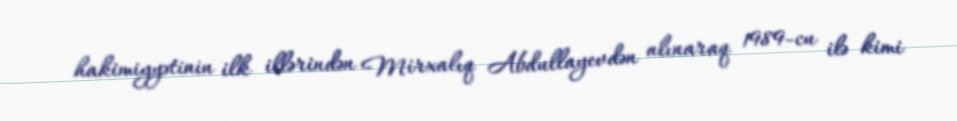
hakimiyyətinin ilk illərindən Mirxalıq Abdullayevdən alınaraq 1989-cu ilə kimi